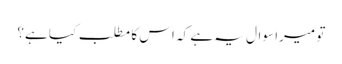
تو میرا سوال یہ ہے کہ اس کا مطلب کیا ہے؟